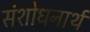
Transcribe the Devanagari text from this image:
संशोधनार्थ